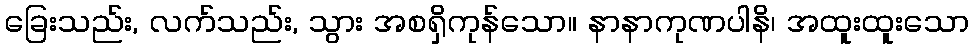
ခြေးသည်း, လက်သည်း, သွား အစရှိကုန်သော။ နာနာကုဏပါနိ၊ အထူးထူးသော